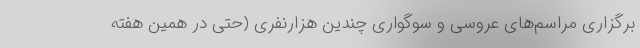
برگزاری مراسم‌های عروسی و سوگواری چندین هزارنفری (حتی در همین هفته